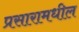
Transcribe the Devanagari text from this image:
प्रसारामधील